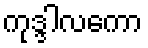
ကုဒ္ဒါလကော